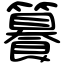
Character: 籑